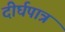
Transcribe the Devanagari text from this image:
दीर्घपात्र